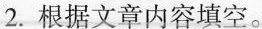
2.根据文章内容填空。